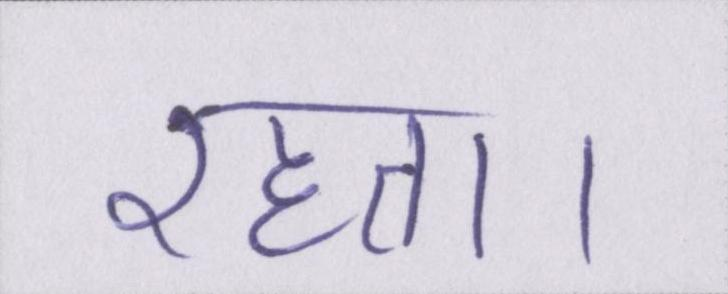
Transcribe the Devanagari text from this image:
रहता।